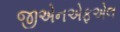
જીએનએફએલ